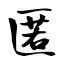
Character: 匿